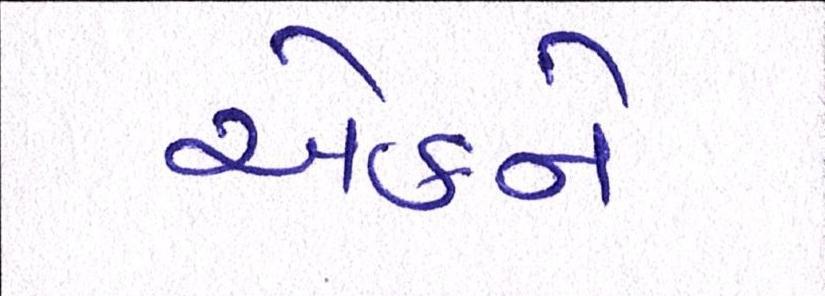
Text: એકને